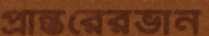
প্রান্তরেরভান